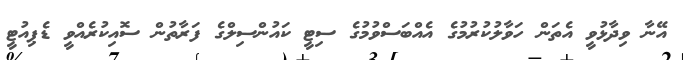
އޭނާ ވިދާޅުވީ އެތަން ހަވާލުކުރުމުގެ އެއްބަސްވުމުގެ ސިޓީ ކައުންސިލްގެ ފަރާތުން ސޮއިކުރެއްވީ ޑެޕިއުޓީ